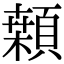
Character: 䫙